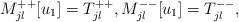
LaTeX: \begin{align*} M_{jl}^{+ +} [u_1] = T_{jl}^{++}, M_{jl}^{--} [u_1] = T_{jl}^{--},\end{align*}